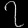
Digit: ၇